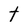
Character: t